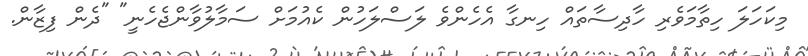
މިކަހަލަ ހިތާމަވެރި ހާދިސާތައް ހިނގާ އެހެންވެ ލަސްލަހުން ކެއުމަށް ސަމާލުވާންޖެހެނީ" "ދެން ފިޒާން.